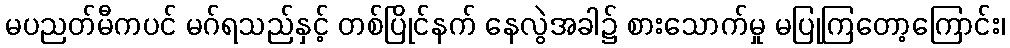
မပညတ်မီကပင် မဂ်ရသည်နှင့် တစ်ပြိုင်နက် နေလွဲအခါ၌ စားသောက်မှု မပြုကြတော့ကြောင်း၊